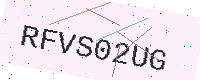
Text: RFVS02UG